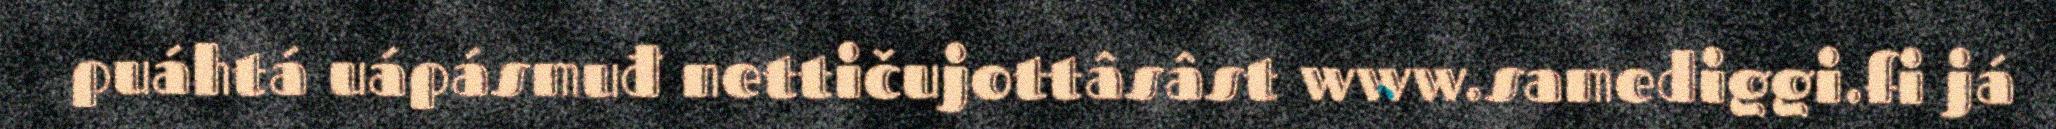
puáhtá uápásmuđ nettičujottâsâst www.samediggi.fi já